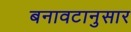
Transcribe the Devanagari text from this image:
बनावटानुसार